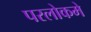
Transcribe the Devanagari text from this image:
परलोकमे